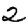
Digit: 2